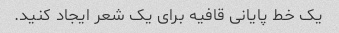
یک خط پایانی قافیه برای یک شعر ایجاد کنید.